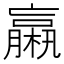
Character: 𣜄